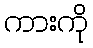
ကားကို